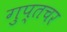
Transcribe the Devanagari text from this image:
गुप्‍तचर